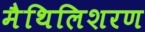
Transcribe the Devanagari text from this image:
मैथिलिशरण